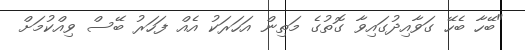
"ބޭހާ ބެހޭ ގަވާއިދުގައިވާ ގޮތުގެ މަތިން އަހަރަކު އެއް ފަހަރު ބޭސް ވިއްކުމަށް